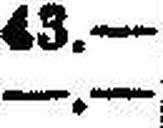
—.—